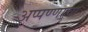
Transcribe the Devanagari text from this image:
अप्पण्णाचा